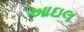
આઇલ